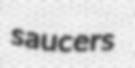
saucers